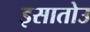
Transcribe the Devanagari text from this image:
इसातोउ